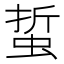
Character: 蜇